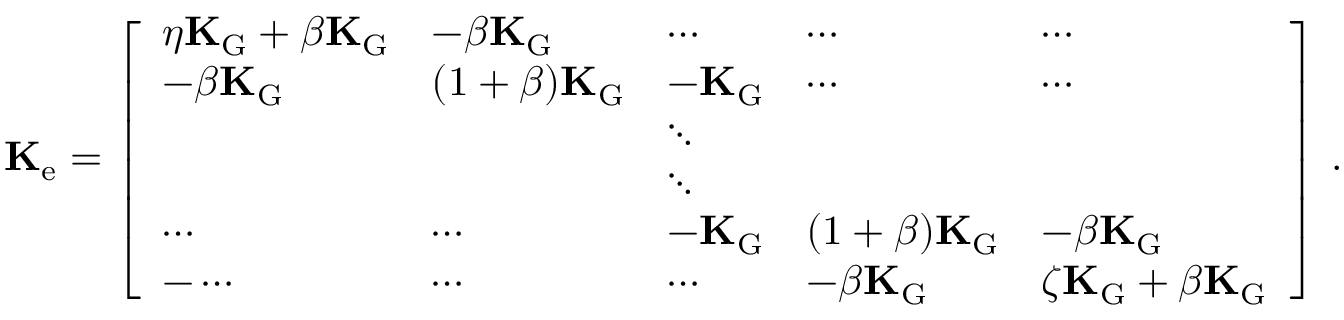
\mathbf { K } _ { \mathrm { e } } = \left[ \begin{array} { l l l l l } { \eta \mathbf { K } _ { \mathrm { G } } + \beta \mathbf { K } _ { \mathrm { G } } } & { - \beta \mathbf { K } _ { \mathrm { G } } } & { \cdots } & { \cdots } & { \cdots } \\ { - \beta \mathbf { K } _ { \mathrm { G } } } & { ( 1 + \beta ) \mathbf { K } _ { \mathrm { G } } } & { - \mathbf { K } _ { \mathrm { G } } } & { \cdots } & { \cdots } \\ & & { \ddots } & & \\ & & { \ddots } & & \\ { \cdots } & { \cdots } & { - \mathbf { K } _ { \mathrm { G } } } & { ( 1 + \beta ) \mathbf { K } _ { \mathrm { G } } } & { - \beta \mathbf { K } _ { \mathrm { G } } } \\ { - \cdots } & { \cdots } & { \cdots } & { - \beta \mathbf { K } _ { \mathrm { G } } } & { \zeta \mathbf { K } _ { \mathrm { G } } + \beta \mathbf { K } _ { \mathrm { G } } } \end{array} \right] \, .